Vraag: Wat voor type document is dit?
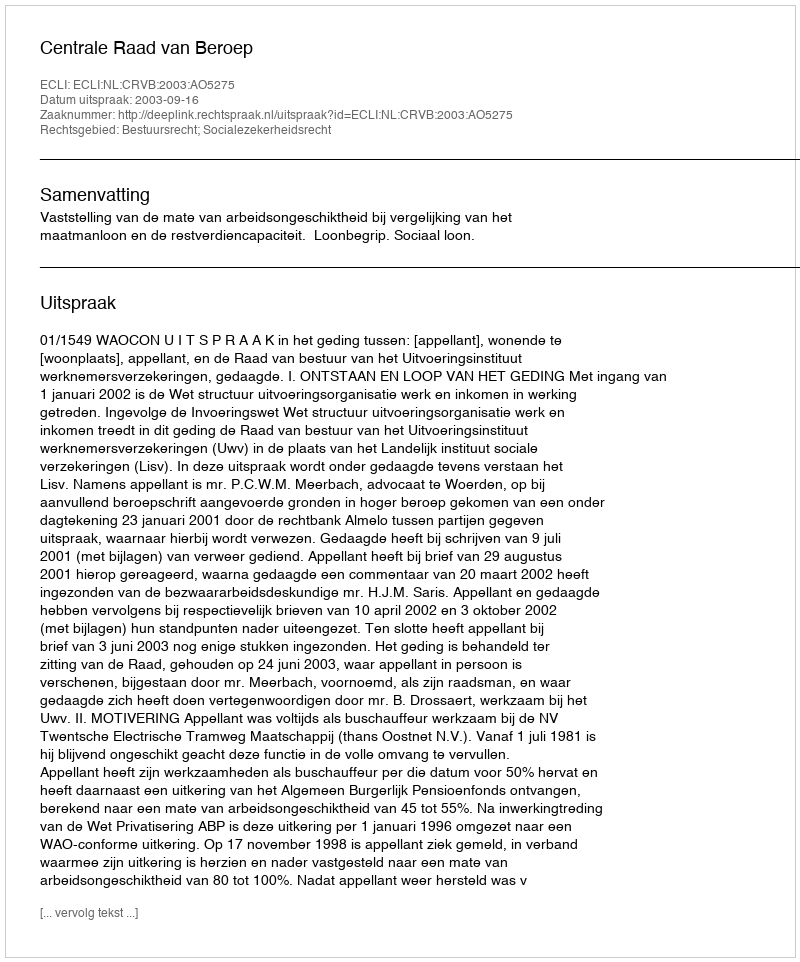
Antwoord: Uitspraak